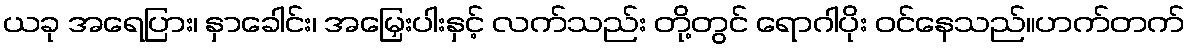
ယခု အရေပြား၊ နှာခေါင်း၊ အမြှေးပါးနှင့် လက်သည်း တို့တွင် ရောဂါပိုး ဝင်နေသည်။ဟက်တက်